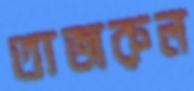
তাজরুল